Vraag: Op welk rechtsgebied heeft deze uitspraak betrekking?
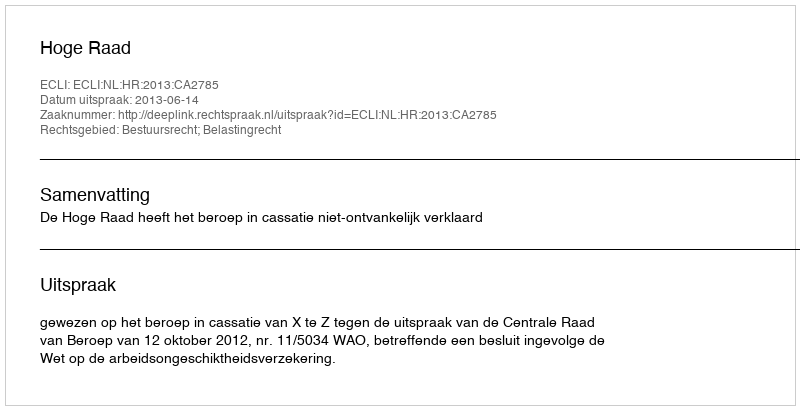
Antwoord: Bestuursrecht; Belastingrecht